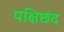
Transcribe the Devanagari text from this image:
पक्षिछंद